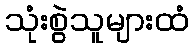
သုံးစွဲသူများထံ